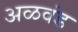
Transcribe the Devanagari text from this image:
अळवंड